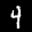
Digit: 4